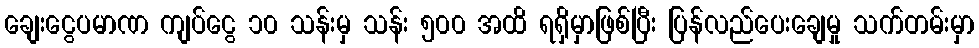
ချေးငွေပမာဏ ကျပ်ငွေ ၁၀ သန်းမှ သန်း ၅၀၀ အထိ ရရှိမှာဖြစ်ပြီး ပြန်လည်ပေးချေမှု သက်တမ်းမှာ